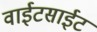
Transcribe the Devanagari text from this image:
वाईटसाईट